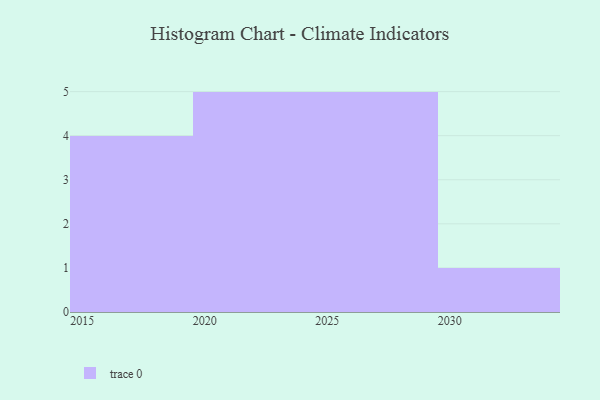
{"axis": {"x": "Year", "y": "Page Views"}, "legend": [""], "data": [{"x": "2020", "y": 92, "type": ""}, {"x": "2026", "y": 33, "type": ""}, {"x": "2023", "y": 85, "type": ""}, {"x": "2027", "y": 23, "type": ""}, {"x": "2029", "y": 68, "type": ""}, {"x": "2017", "y": 72, "type": ""}, {"x": "2015", "y": 50, "type": ""}, {"x": "2022", "y": 18, "type": ""}, {"x": "2021", "y": 37, "type": ""}, {"x": "2025", "y": 67, "type": ""}, {"x": "2019", "y": 74, "type": ""}, {"x": "2016", "y": 64, "type": ""}, {"x": "2024", "y": 42, "type": ""}, {"x": "2028", "y": 20, "type": ""}, {"x": "2030", "y": 87, "type": ""}]}